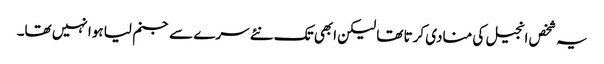
یہ شخص انجیل کی منادی کرتا تھا لیکن ابھی تک نئے سرے سے جنم لیا ہوا نہیں تھا۔